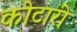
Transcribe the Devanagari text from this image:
कोटारी